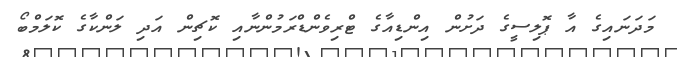
މަދަނައިގެ އާ ޕޮލިސީގެ ދަށުން އިންޑިއާގެ ޓްރިވެންޑްރަމުންނާއި ކޮޗިން އަދި ލަންކާގެ ކޮލަމްބޯ